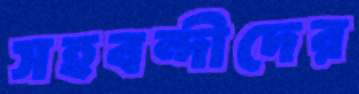
সহবন্দীদের